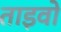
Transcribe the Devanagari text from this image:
ताइवो